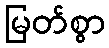
မြတ်စွာ